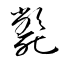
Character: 斃